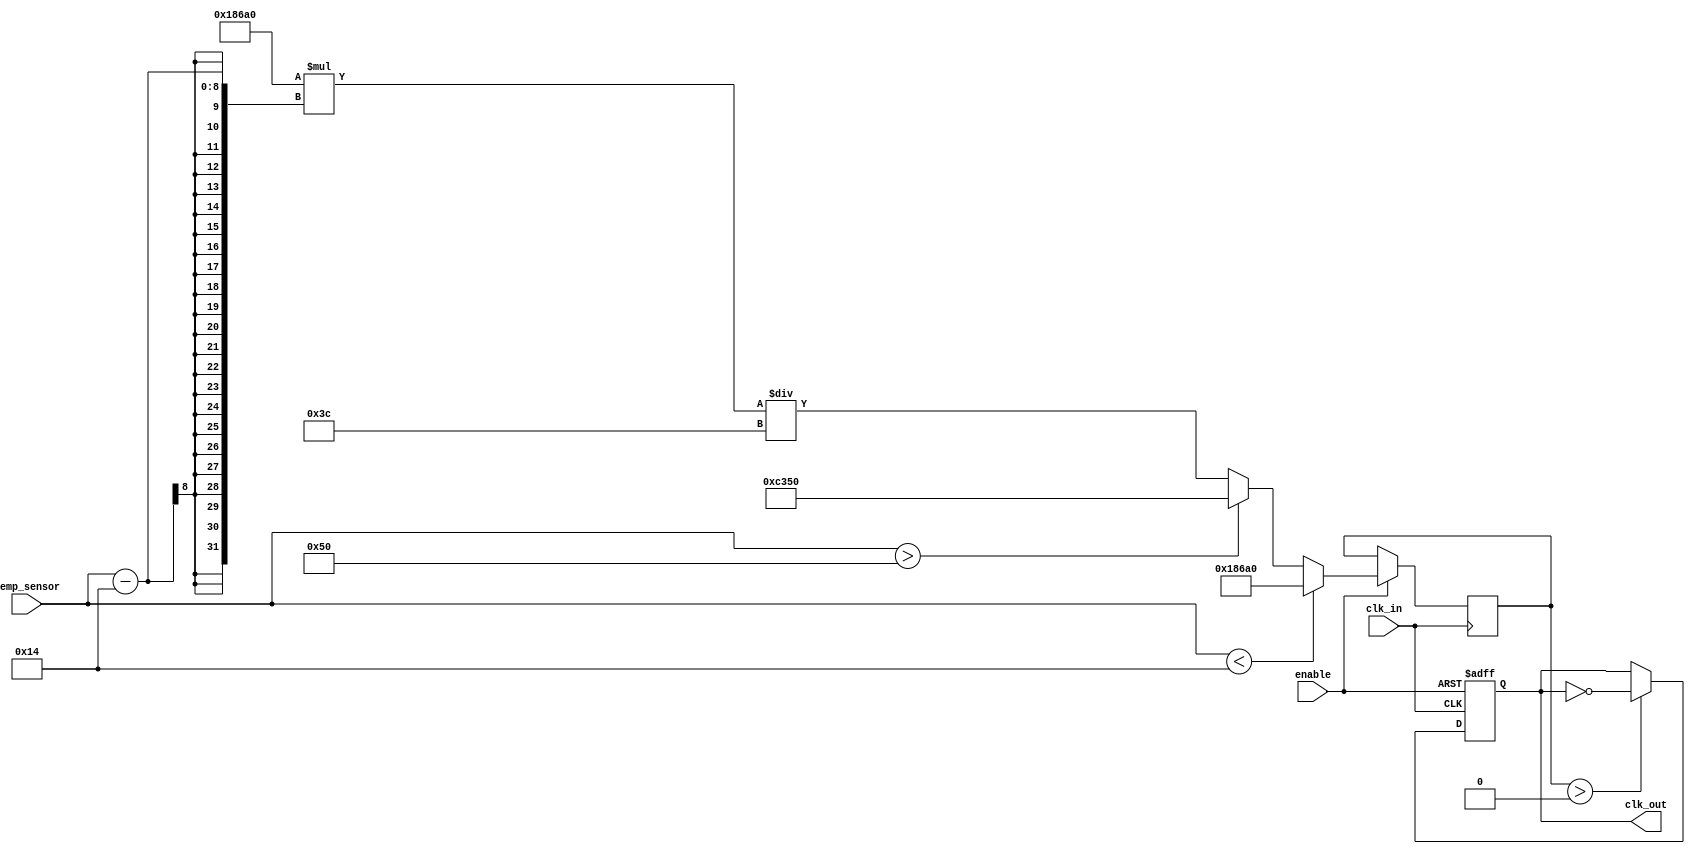
module TempCompClockBuffer (
    input wire clk_in,               // Input clock
    input wire [7:0] temp_sensor,    // 8-bit temperature sensor input (e.g., ADC output)
    input wire enable,                // Enable signal for the clock buffer
    output reg clk_out                // Output clock
);

    // Parameters for temperature compensation
    parameter TEMP_LOW = 8'd20;      // Lower temperature threshold
    parameter TEMP_HIGH = 8'd80;      // Upper temperature threshold
    parameter CLK_FREQ_BASE = 100_000; // Base frequency in Hz

    // Internal signal to control clock frequency
    reg [31:0] clk_divider;           // Clock divider based on temperature

    // Clock generation logic
    always @(posedge clk_in or negedge enable) begin
        if (!enable) begin
            clk_out <= 1'b0; // Disable output clock
        end else begin
            // Adjust clock divider based on temperature
            if (temp_sensor < TEMP_LOW) begin
                clk_divider <= CLK_FREQ_BASE; // Use base frequency
            end else if (temp_sensor > TEMP_HIGH) begin
                clk_divider <= CLK_FREQ_BASE / 2; // Reduce frequency
            end else begin
                clk_divider <= CLK_FREQ_BASE * (temp_sensor - TEMP_LOW) / (TEMP_HIGH - TEMP_LOW);
            end
            
            // Generate the output clock
            if (clk_divider > 0) begin
                clk_out <= ~clk_out; // Toggle clock output
            end
        end
    end

    // Buffering logic (simplified)
    // Here, a more detailed buffering logic would be implemented
    // to drive the load capacitance and maintain signal integrity.

endmodule